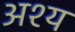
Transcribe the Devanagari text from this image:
अश्य